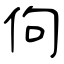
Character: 佝